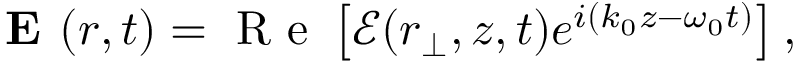
\textbf { E } ( { \boldsymbol { r } } , t ) = \mathrm { ~ R ~ e ~ } \left[ \boldsymbol { \mathcal { E } } ( { \boldsymbol { r } } _ { \perp } , z , t ) e ^ { i ( k _ { 0 } z - \omega _ { 0 } t ) } \right] ,